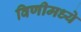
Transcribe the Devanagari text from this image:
विणीमध्ये